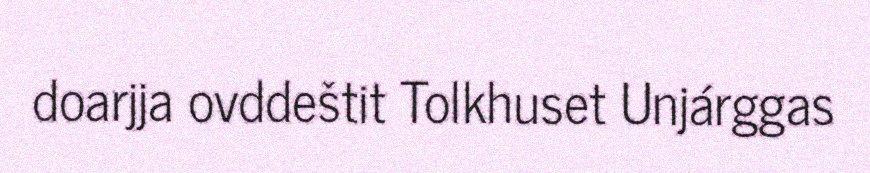
doarjja ovddeštit Tolkhuset Unjárggas